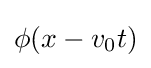
\phi (x-v_{0}t)